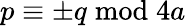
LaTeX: p\equiv\pm q{\bmod{4a}}